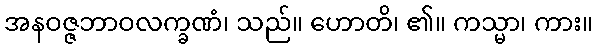
အနဝဇ္ဇဘာဝလက္ခဏံ၊ သည်။ ဟောတိ၊ ၏။ ကသ္မာ၊ ကား။